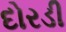
દોરડી